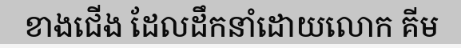
ខាងជើង ដែលដឹកនាំដោយលោក គីម